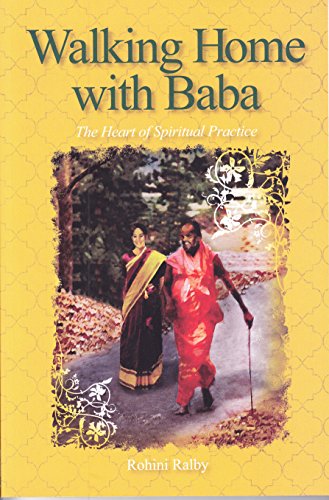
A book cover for Walking Home with Baba: The Heart of Spiritual Practice; Rohini Ralby; Religion & Spirituality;